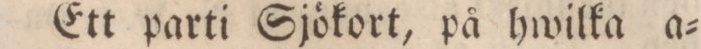
Ett parti Sjökort, på hwilka a=